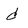
Character: d